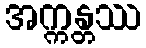
အက္ကန္တဿ